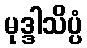
မုဒ္ဒါသိပ္ပံ